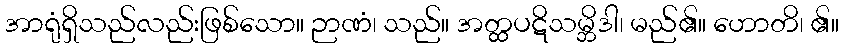
အာရုံရှိသည်လည်းဖြစ်သော။ ဉာဏံ၊ သည်။ အတ္ထပဋိသမ္ဘိဒါ၊ မည်၏။ ဟောတိ၊ ၏။